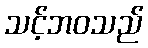
သင့်ဘဝသည်